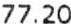
77.20